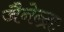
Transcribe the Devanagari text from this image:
जैनेन्द्राः